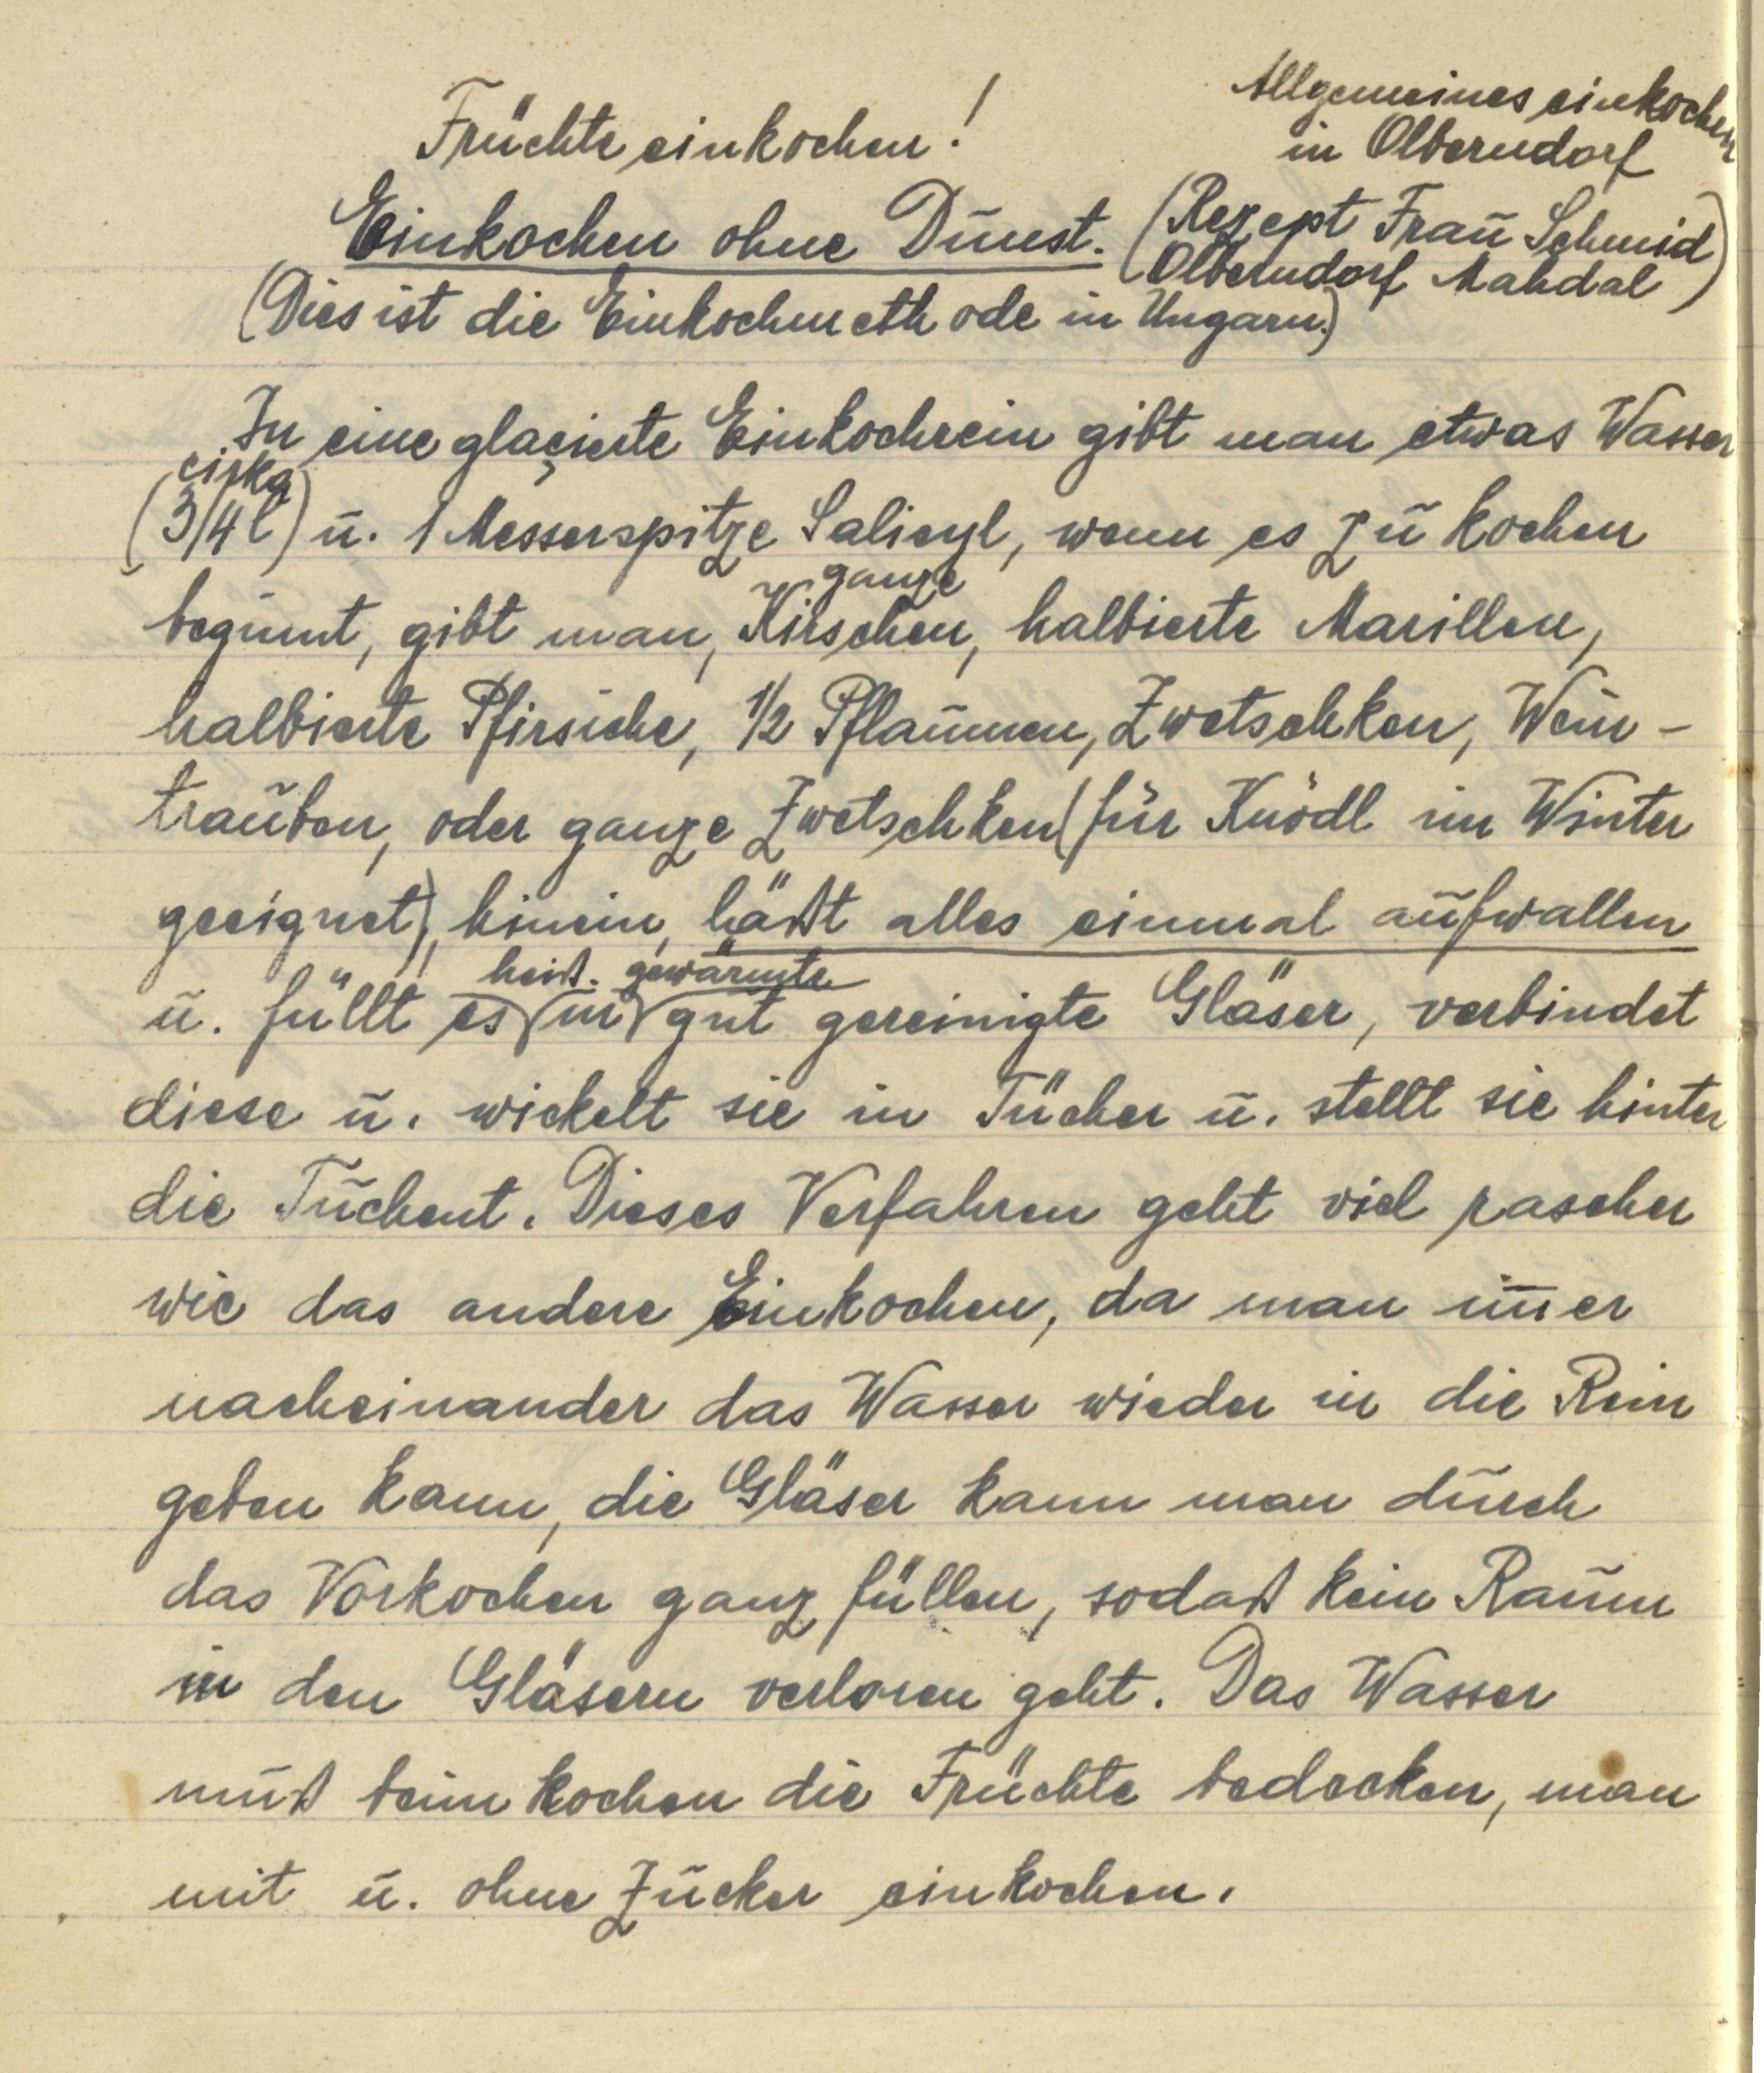
Früchte einkochen!
Einkochen ohne Dunst.
(Dies ist die Einkochmethode in Ungarn.)
Allgemeines einkochen
in Olberndorf
(Rezept Frau Schmid
Olberndorf Mahdal)

In eine glaçierte Einkochrein gibt man etwas Wasser
(cirka ¾ l) u. 1 Messerspitze Salicyl, wenn es zu kochen
beginnt, gibt man, ganze Kirschen, halbierte Marillen,
halbierte Pfirsiche, ½ Pflaumen, Zwetschken, Wein¬
trauben, oder ganze Zwetschken (für Knödl im Winter
geeignet), hinein, läßt alles einmal aufwallen
u. füllt es in heiß gewärmte gut gereinigte Gläser, verbindet
diese u. wickelt sie in Tücher u. stellt sie hinter
die Tuchent. Dieses Verfahren geht viel rascher
wie das andere Einkochen, da man immer
nacheinander das Wasser wieder in die Rein
geben kann, die Gläser kann man durch
das Vorkochen ganz füllen, sodaß kein Raum
in den Gläsern verloren geht. Das Wasser
muß beim kochen die Früchte bedecken, man
mit u. ohne Zucker einkochen.